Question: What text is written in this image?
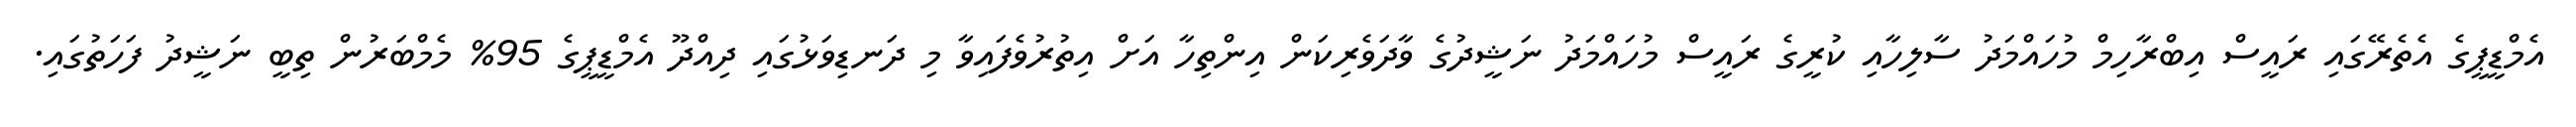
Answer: އެމްޑީޕީގެ އެތެރޭގައި ރައީސް އިބްރާހިމް މުހައްމަދު ސާލިހާއި ކުރީގެ ރައީސް މުހައްމަދު ނަޝީދުގެ ވާދަވެރިކަން އިންތިހާ އަށް އިތުރުވެފައިވާ މި ދަނޑިވަޅުގައި ދިއްދޫ އެމްޑީޕީގެ 95% މެމްބަރުން ތިބީ ނަޝީދު ފަހަތުގައި.